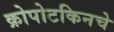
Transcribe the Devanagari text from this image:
क्रोपोटकिनचे